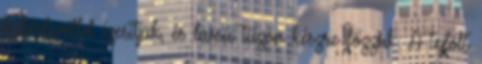
babérlevéllel ízesítjük, és lassú tűzön készre főzzük. A tejfölt